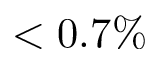
< 0 . 7 \%